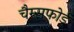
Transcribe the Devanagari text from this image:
चैम्सफोर्ड